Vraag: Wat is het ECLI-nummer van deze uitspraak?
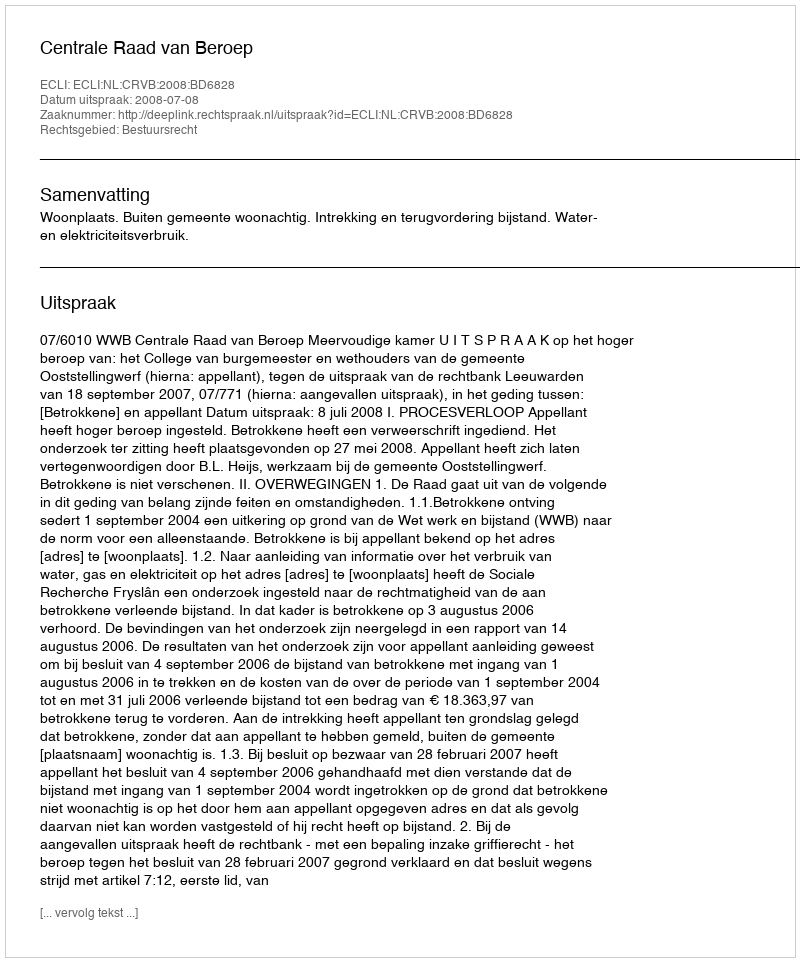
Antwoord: ECLI:NL:CRVB:2008:BD6828